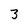
Character: 3